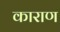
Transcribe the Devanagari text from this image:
काराण